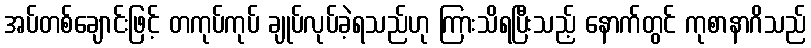
အပ်တစ်ချောင်းဖြင့် တကုပ်ကုပ် ချုပ်လုပ်ခဲ့ရသည်ဟု ကြားသိရပြီးသည့် နောက်တွင် ကုစာနာဂိသည်